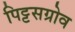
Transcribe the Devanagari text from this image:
पिट्टसग्रोव